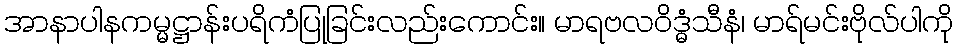
အာနာပါနကမ္မဋ္ဌာန်းပရိကံပြုခြင်းလည်းကောင်း။ မာရဗလဝိဒ္ဓံသီနံ၊ မာရ်မင်းဗိုလ်ပါကို